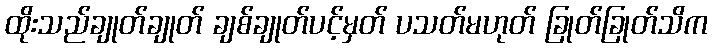
ထိုးသည်ချုတ်ချုတ် ချစ်ချုတ်ပင့်မှတ် ပသတ်မဟုတ် ခြုတ်ခြုတ်သိက